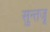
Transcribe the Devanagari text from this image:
सुन्तजू